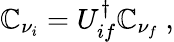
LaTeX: \mathbb{C}_{\nu_{i}}=U_{if}^{\dagger}\mathbb{C}_{\nu_{f}}\ ,